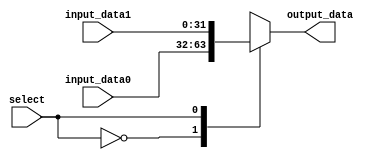
`timescale 1ns / 1ps

module mux_1bit(output_data, input_data0, input_data1, select);

parameter word_size = 32;

// inputs
input select;
input [word_size-1:0] input_data0, input_data1;

// output
output reg [word_size-1:0] output_data;

// select the input
always @(select or input_data0 or input_data1) begin
	case (select)
		0: output_data <= input_data0;
		1: output_data <= input_data1;
		default: output_data <= 0;
	endcase
end

endmodule